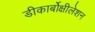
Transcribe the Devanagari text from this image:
डीकार्बोक्षीलेशन